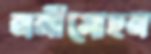
ননীমোহন